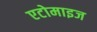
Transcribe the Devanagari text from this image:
एटोमाइज